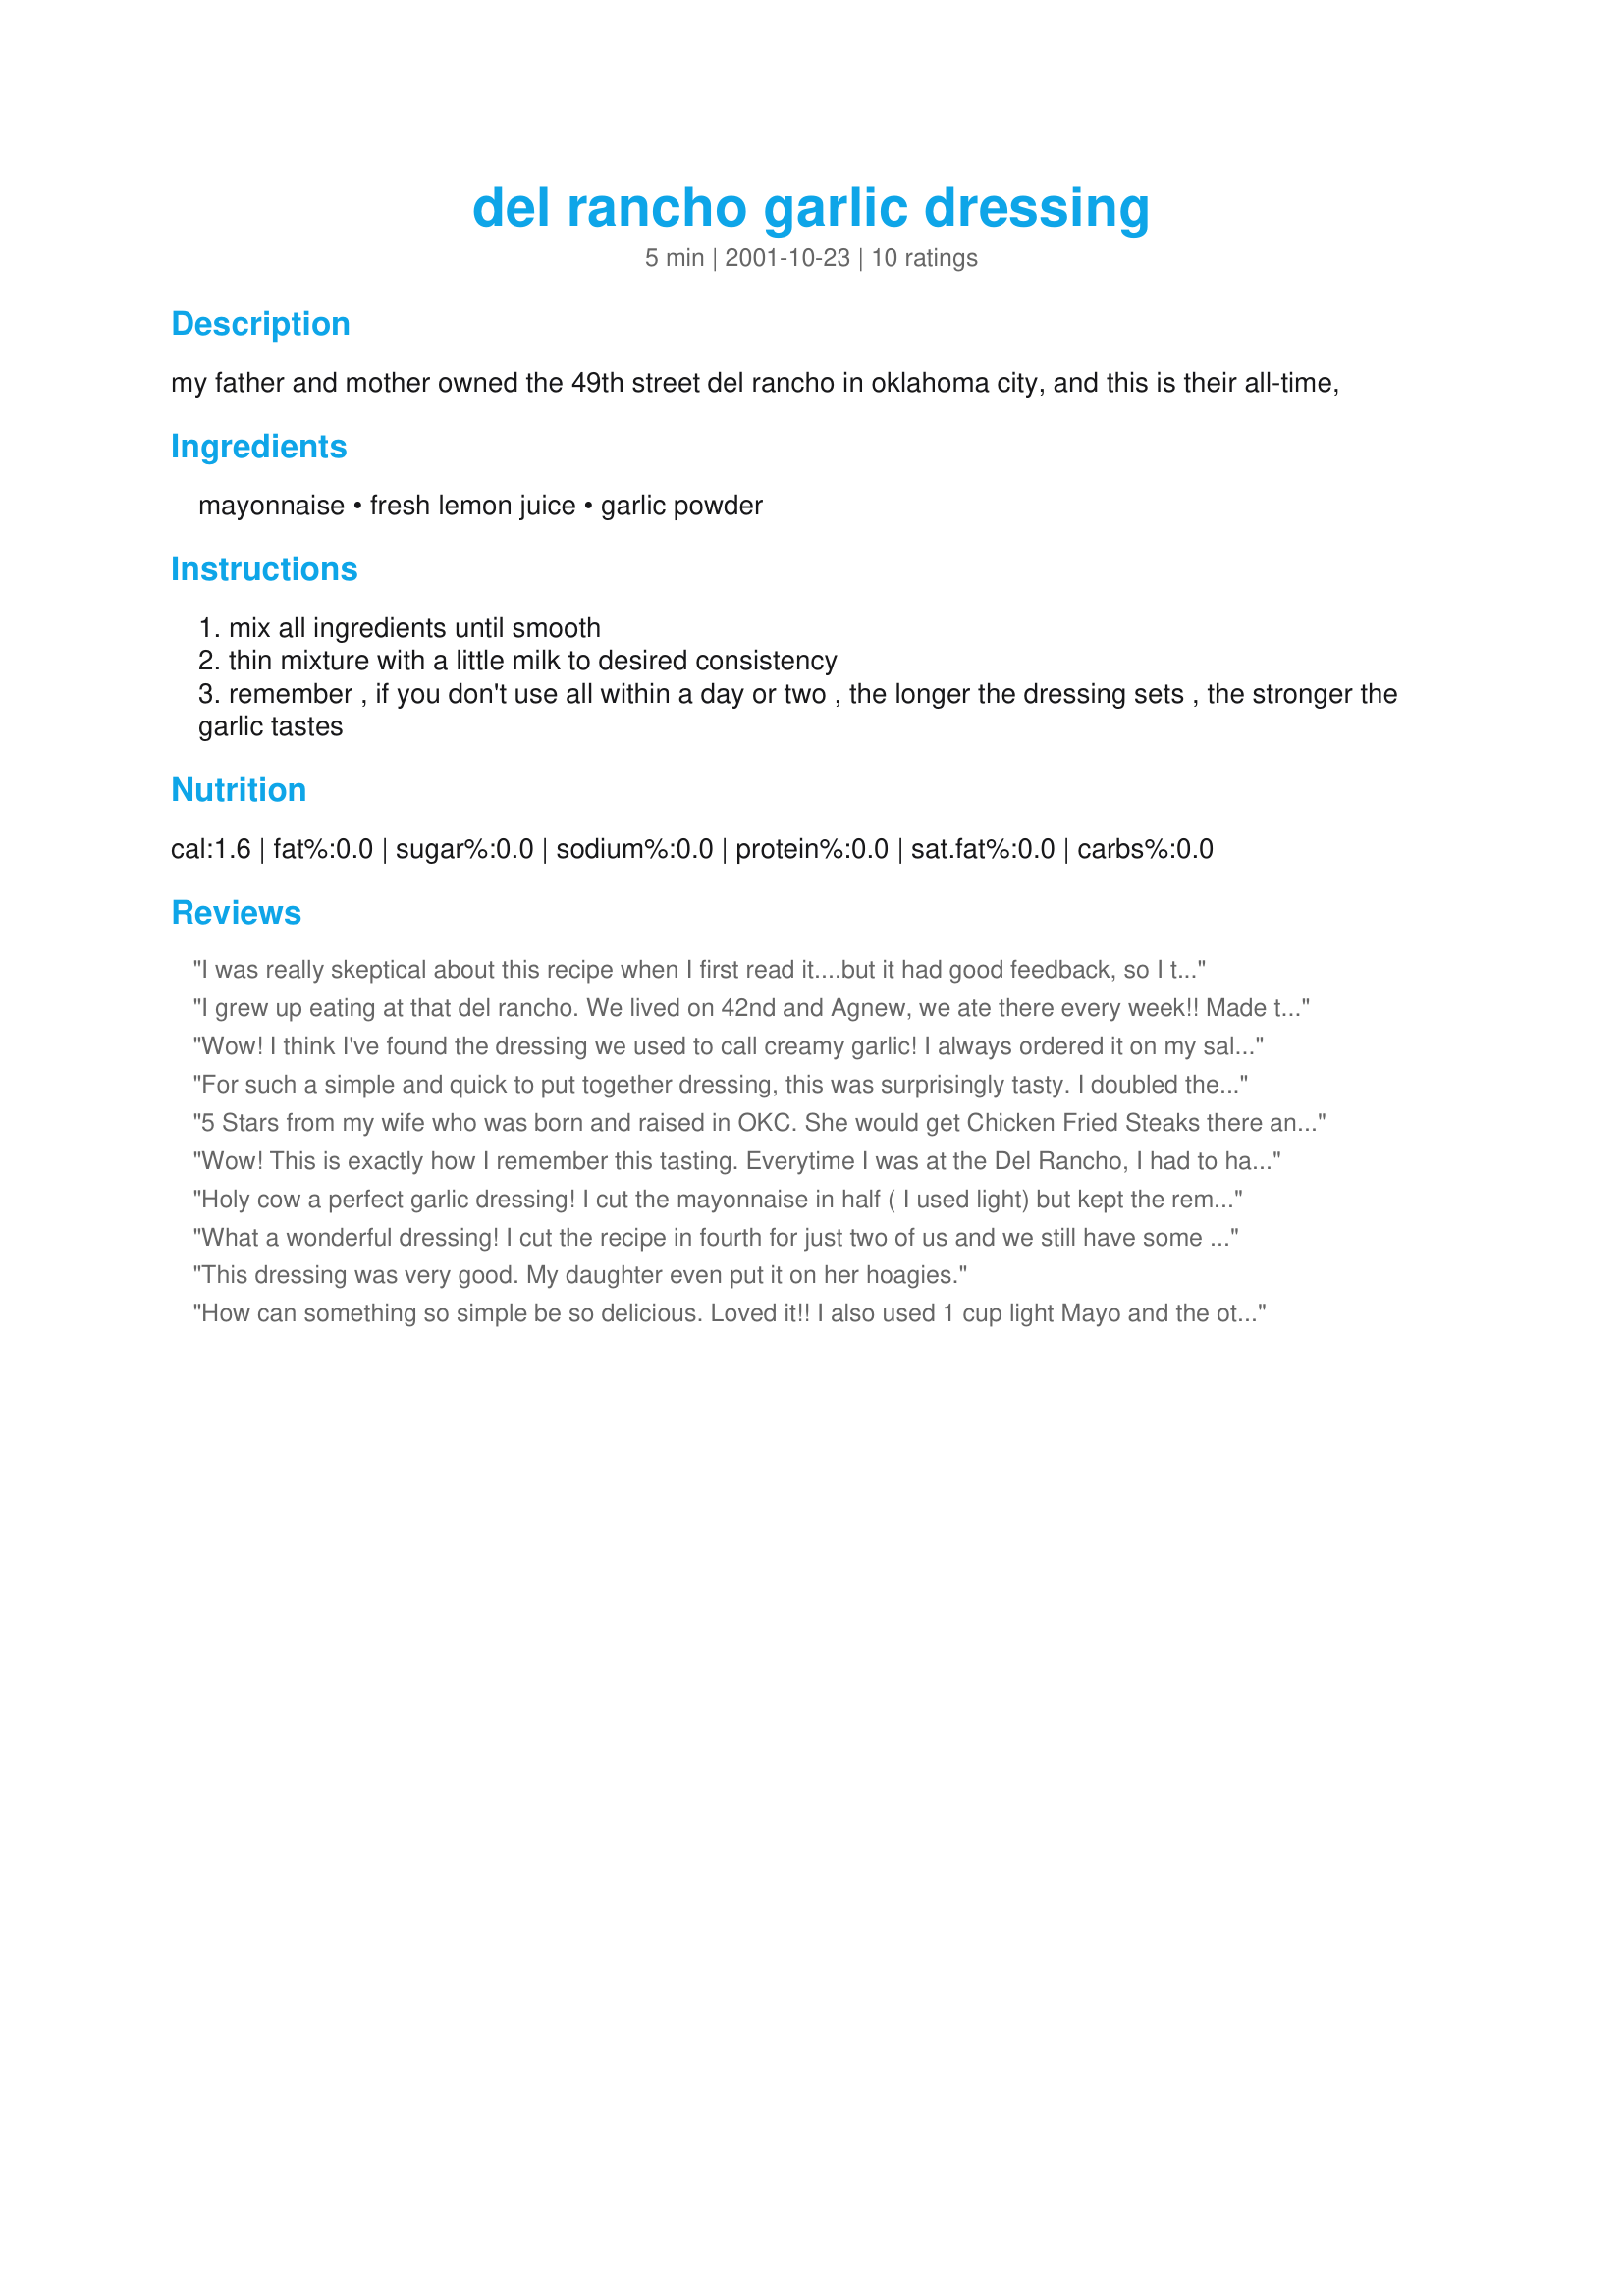
del rancho garlic dressing
Preparation time: 5 minutes

my father and mother owned the 49th street del rancho in oklahoma city, and this is their all-time,

Ingredients:
mayonnaise, fresh lemon juice, garlic powder

Steps:
mix all ingredients until smooth
thin mixture with a little milk to desired consistency
remember , if you don't use all within a day or two , the longer the dressing sets , the stronger the garlic tastes

Reviews:
I was really skeptical about this recipe when I first read it....but it had good feedback, so I thought to try it. I cut the recipe in half and ended up using the full 2 tsp of lemon juice...probably a good tsp of garlic powder...a good pinch of black pepper and salt. I did add about 3 - 4 T of milk to thin it out. Delish! Reminded me of being in France with a plate of fries and dipping them into the garlic-mayo sauce that the French are famous for. There were lots of compliments going around, especially from my family, so I will definately be doing this one again. Recipe is much appreciated!!
I grew up eating at that del rancho. We lived on 42nd and Agnew, we ate there every week!! Made this dressing (been looking for years by the way) It tastes like home. Ty so much for sharing. God bless
Wow! I think I've found the dressing we used to call creamy garlic! I always ordered it on my salads back in the 60's and 70's! Then it just dissapeared! This is wonderful, we really loved it with our steaks tonight. Easy recipe, I'll definitely make this one a lot. Thanks for posting your Mom and Dad's recipe, Miss Annie!
For such a simple and quick to put together dressing, this was surprisingly tasty. I doubled the garlic powder. I'll definitely put this in my repertoire.
5 Stars from my wife who was born and raised in OKC. She would get Chicken Fried Steaks there and put on this dressing (along with the salad!). She says it tastes just like Del Rancho&#039;s Garlic Dressing. Thanks for posting!
Wow! This is exactly how I remember this tasting. Everytime I was at the Del Rancho, I had to have this dressing. I never would have dreamed it was so simple to make. Thanks for sharing your secret! Loving It!
Holy cow a perfect garlic dressing! I cut the mayonnaise in half ( I used light) but kept the remaining ingredients at the whole amount. I also added some freshly ground tricolored pepper and a bit of crumbled parsley. It is already a family favorite after just one serving!
What a wonderful dressing! I cut the recipe in fourth for just two of us and we still have some left for today. I also add some milk to thin this out but know it would be wonderful as a dip for vegies. This is an easy and delicious dressing! One I will definately make again and again.
This dressing was very good. My daughter even put it on her hoagies.
How can something so simple be so delicious. Loved it!! I also used 1 cup light Mayo and the other ingredients as listed. I added a little pepper and parsley as suggested by Michelle S and also added some 2% milk to thin it out a little. Thanks so much for sharing.
